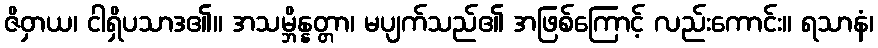
ဇိဝှာယ၊ ငါရှိပသာဒ၏။ အသမ္ဘိန္နတ္တာ၊ မပျက်သည်၏ အဖြစ်ကြောင့် လည်းကောင်း။ ရသာနံ၊